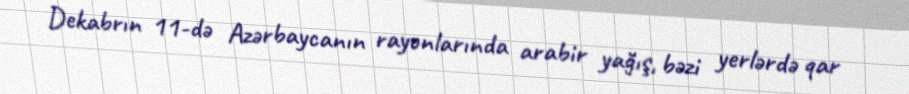
Dekabrın 11-də Azərbaycanın rayonlarında arabir yağış, bəzi yerlərdə qar